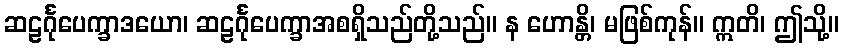
ဆဠင်္ဂုပေက္ခာဒယော၊ ဆဠင်္ဂုပေက္ခာအစရှိသည်တို့သည်။ န ဟောန္တိ၊ မဖြစ်ကုန်။ ဣတိ၊ ဤသို့။